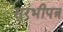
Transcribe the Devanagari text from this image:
सुरभीपत्र